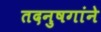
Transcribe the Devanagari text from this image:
तदनुषगांने